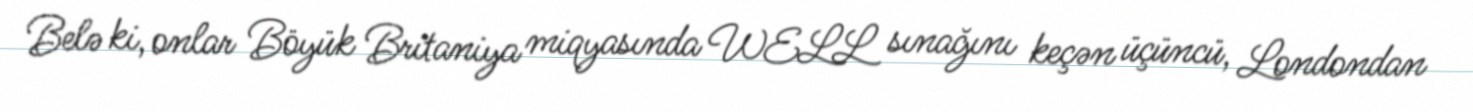
Belə ki, onlar Böyük Britaniya miqyasında WELL sınağını keçən üçüncü, Londondan